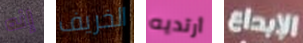
إنه الخريف أرتديه الإبداع